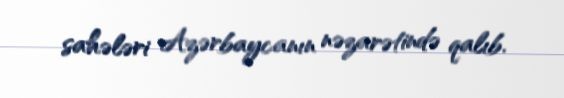
sahələri Azərbaycanın nəzarətində qalıb.